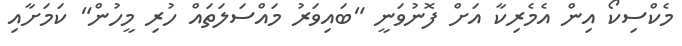
މެކްސިކޯ އިން އެމެރިކާ އަށް ފޮނުވަނީ "ބައިވަރު މައްސަލަތައް ހުރި މީހުން" ކަމަށާއި